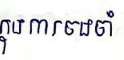
ក្នុងការចងចាំ